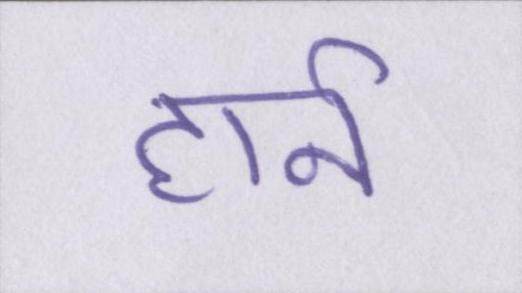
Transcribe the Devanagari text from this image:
हार्न